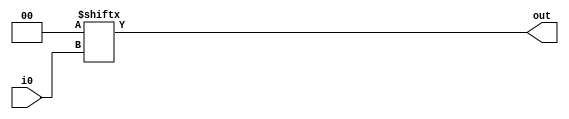
module LUT1 #( parameter INIT = 2'h0 ) (input i0, output out );
 assign out = INIT[i0];
endmodule  
 
module LUT2 #( parameter INIT = 4'h0 ) ( input i0, i1, output out );
 assign out = INIT[{i1, i0}];
endmodule  
 
module LUT3 #( parameter INIT = 8'h0 ) ( input i0, i1, i2, output out );
 assign out = INIT[{i2, i1, i0}];
endmodule  
 
module LUT4 #( parameter INIT = 16'h0 ) ( input i0, i1, i2, i3, output out );
 assign out = INIT[{i3, i2, i1, i0}];
endmodule

module LUT5 #( parameter INIT = 32'h0 ) ( input i0, i1, i2, i3, i4, output out );
 assign out = INIT[{i4, i3, i2, i1, i0}];
endmodule  
 
module LUT6 #( parameter INIT = 64'h0 ) ( input i0, i1, i2, i3, i4, i5, output out );
 assign out = INIT[{i5, i4, i3, i2, i1, i0}];
endmodule

module LUT7 #( parameter INIT = 128'h0 ) ( input i0, i1, i2, i3, i4, i5, i6, output out );
 assign out = INIT[{i6, i5, i4, i3, i2, i1, i0}];
endmodule